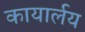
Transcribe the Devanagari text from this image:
कायार्लय